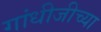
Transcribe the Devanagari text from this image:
गांधीजीच्या